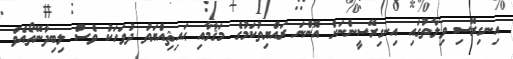
އިނގިރޭސި ވިލާތުގައި އިނގިރޭސީންނަށް އޮންނަ ރައްޔިތުކަމުގެ މަޤާމާއި ޙައިޘިއްޔަތު ދުވަހަކު ވެސް ލިބިދާނޭތޯއެވެ